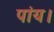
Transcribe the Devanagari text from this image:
पांय।